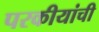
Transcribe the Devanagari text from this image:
परकीयांची